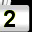
Digit: 2